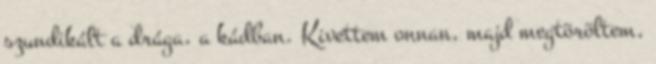
szundikált a drága, a kádban. Kivettem onnan, majd megtöröltem,